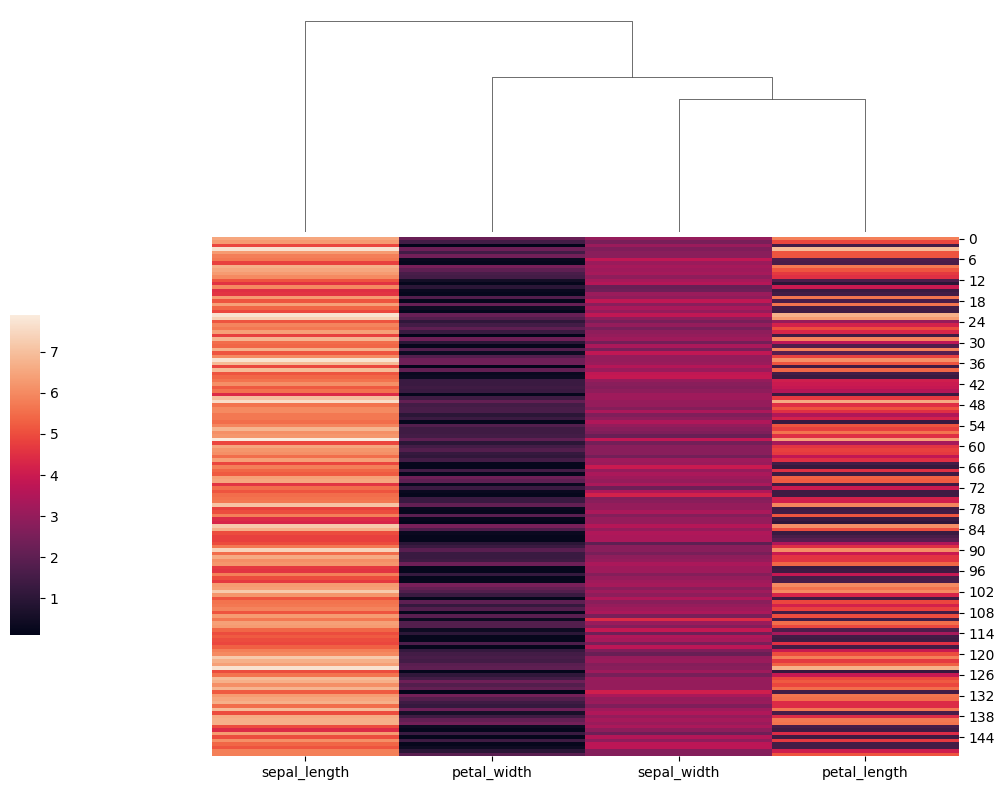
python, seaborn, clustermap, figsize=(10, 8), row_cluster=False, dendrogram_ratio=(0.2, 0.3), cbar_pos=(0, 0.2, 0.03, 0.4)